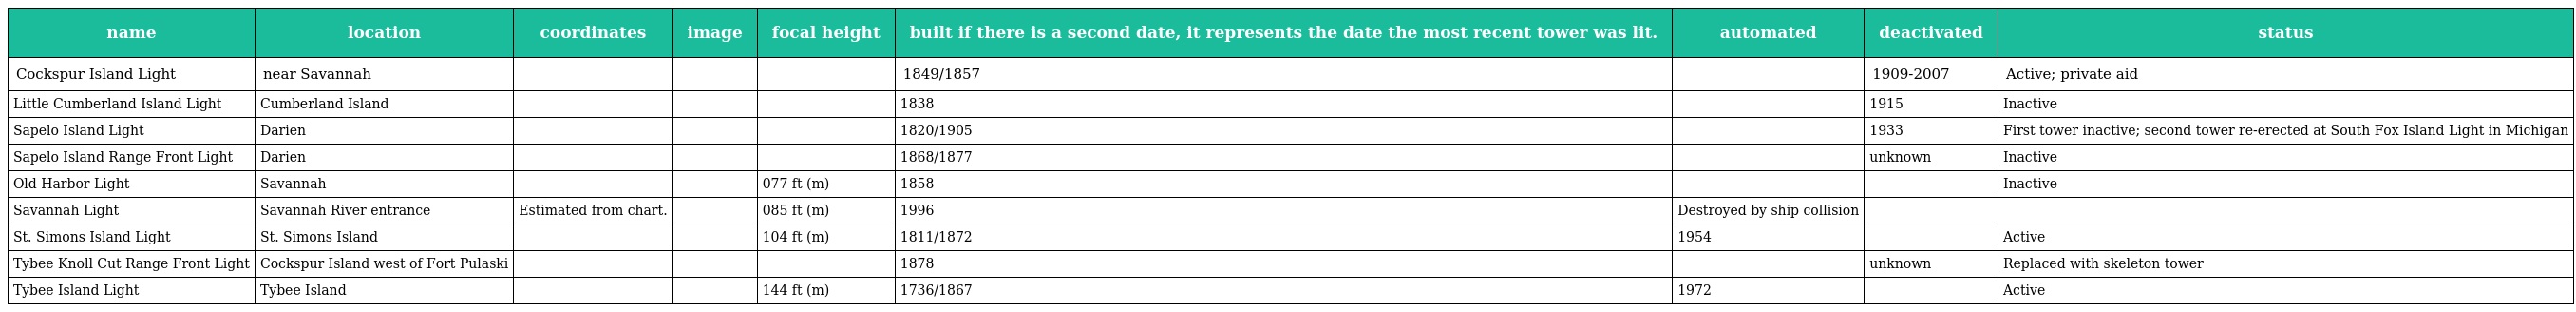
| name | location | coordinates | image | focal height | built if there is a second date, it represents the date the most recent tower was lit. | automated | deactivated | status |
 | --- | --- | --- | --- | --- | --- | --- | --- | --- |
 | Cockspur Island Light | near Savannah |  |  |  | 1849/1857 |  | 1909-2007 | Active; private aid |
 | Little Cumberland Island Light | Cumberland Island |  |  |  | 1838 |  | 1915 | Inactive |
 | Sapelo Island Light | Darien |  |  |  | 1820/1905 |  | 1933 | First tower inactive; second tower re-erected at South Fox Island Light in Michigan |
 | Sapelo Island Range Front Light | Darien |  |  |  | 1868/1877 |  | unknown | Inactive |
 | Old Harbor Light | Savannah |  |  | 077 ft (m) | 1858 |  |  | Inactive |
 | Savannah Light | Savannah River entrance | Estimated from chart. |  | 085 ft (m) | 1996 | Destroyed by ship collision |  |  |
 | St. Simons Island Light | St. Simons Island |  |  | 104 ft (m) | 1811/1872 | 1954 |  | Active |
 | Tybee Knoll Cut Range Front Light | Cockspur Island west of Fort Pulaski |  |  |  | 1878 |  | unknown | Replaced with skeleton tower |
 | Tybee Island Light | Tybee Island |  |  | 144 ft (m) | 1736/1867 | 1972 |  | Active |